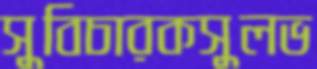
সুবিচারকসুলভ